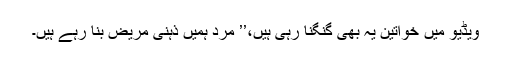
ویڈیو میں خواتین یہ بھی گنگنا رہی ہیں،’’ مرد ہمیں ذہنی مریض بنا رہے ہیں۔